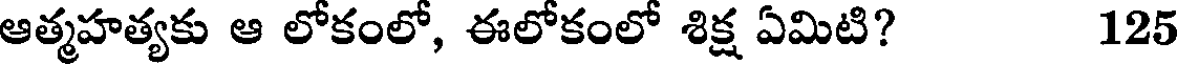
ఆత్మహత్యకు ఆ లోకంలో, ఈలోకంలో శిక్ష ఏమిటి? 125